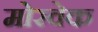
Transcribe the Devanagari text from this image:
मोरवेक